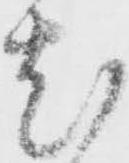
尤